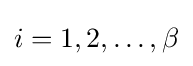
i=1,2,\ldots ,\beta